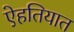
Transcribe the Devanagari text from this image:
ऐहतियात